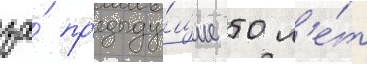
за́ пр'едыду́щие 50 л'е́т